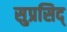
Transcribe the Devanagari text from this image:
सुप्रसिद्